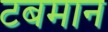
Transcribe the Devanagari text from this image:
टबमान